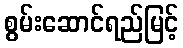
စွမ်းဆောင်ရည်မြင့်